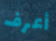
أعرف